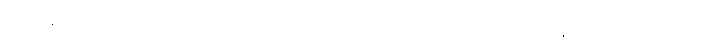
ဖြစ်ကုန်သော။ ပစ္စတ္ထိကေဟိ၊ ဆန့်ကျင်ဘက်ကို အလိုရှိကုန်သော။ ပစ္စာမိတ္တေဟိ၊ ရန်သူအပေါင်းတို့သည်။